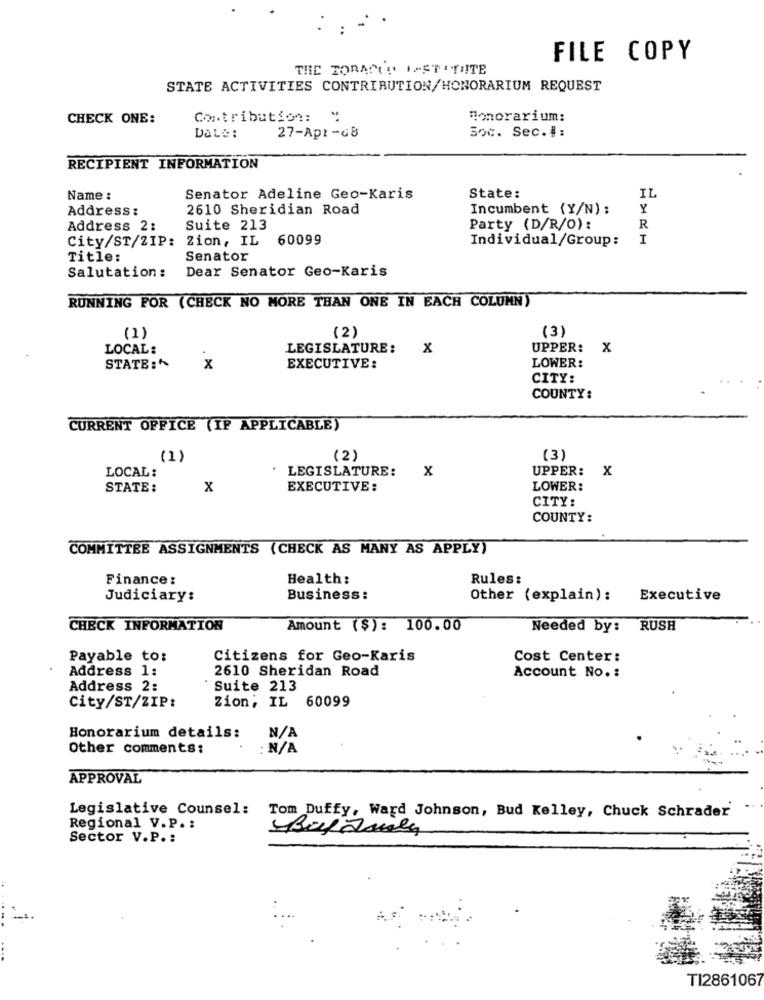
FILE COPY
THE TORAND 1ASTATUTE
STATE ACTIVITIES CONTRIBUTION/HONORARIUM REQUEST
CHECK ONE:
Contribution: "
Honorarium:
Soc. Sec.#:
Date:
27-Apr-68
RECIPIENT INFORMATION
IL
Name :
Senator Adeline Geo-Karis
State:
Address:
2610 Sheridian Road
Incumbent (Y/N) ;
Y
Address 2:
Suite 213
Party (D/R/O):
R
City/ST/ZIP: Zion, IL 60099
Individual/Group:
I
Title:
Senator
Dear Senator Geo-Karis
Salutation :
RUNNING POR (CHECK NO MORE THAN ONE IN EACH COLUMN)
(2)
(3)
(1)
LOCAL:
LEGISLATURE:
x
UPPER:
x
STATE:^
x
EXECUTIVE:
LOWER:
CITY:
COUNTY:
CURRENT OFFICE (IF APPLICABLE)
(1)
(2)
(3)
LOCAL:
LEGISLATURE:
X
UPPER: X
STATE :
x
EXECUTIVE:
LOWER:
CITY:
COUNTY:
COMMITTEE ASSIGNMENTS (CHECK AS MANY AS APPLY)
Finance:
Health:
Rules:
Judiciary:
Business:
Other (explain):
Executive
CHECK INFORMATION
Amount ($): 100.00
Needed by: RUSH
Payable to:
Citizens for Geo-Karis
Cost Center:
Address 1:
2610 Sheridan Road
Account No. :
Address 2:
Suite 213
Zion; IL 60099
City/ST/ZIP:
Honorarium details:
Other comments:
: N/A
APPROVAL
Legislative Counsel: Tom Duffy, Ward Johnson, Bud Kelley, Chuck Schrader
Regional V.P. :
Sector V.P .:
TI2861067